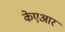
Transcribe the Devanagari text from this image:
केएआर